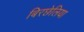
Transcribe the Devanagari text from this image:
बिरछेलिया